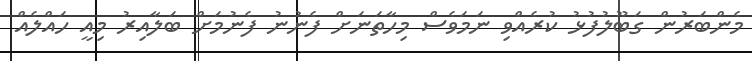
މެންބަރުން ގަބޫލުފުޅު ކުރެއްވި ނަމަވެސް މިހާތަނަށް ފެނުނު ފެނުމަށް ބަލާއިރު މިއީ ހައްލެއް